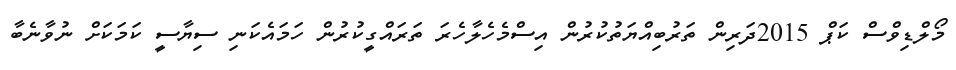
މޯލްޑިވްސް ކަޕް 2015ދަރިން ތަރުބިއްޔަތުކުރުން އިސްމެހެލާހެރަ ތަރައްގީކުރުން ހަމައެކަނި ސިޔާސީ ކަމަކަށް ނުވާނެބާ